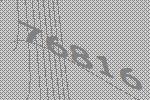
76816